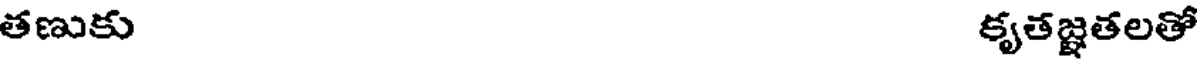
తణుకు కృతజ్ఞతలతో